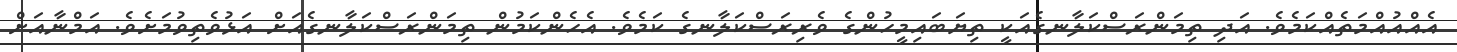
އެއްއުއްމަތެއްކަމެވެ. އަދި ތިމަންރަސްކަލާނގެއަކީ ތިޔަބައިމީހުންގެ ވެރިރަސްކަލާނގެ ކަމެވެ. އެހެންކަމުން ތިމަންރަސްކަލާނގެއަށް އަަޅުވެތިވުމަށެވެ. އަމްނާއަށް